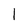
Character: 1